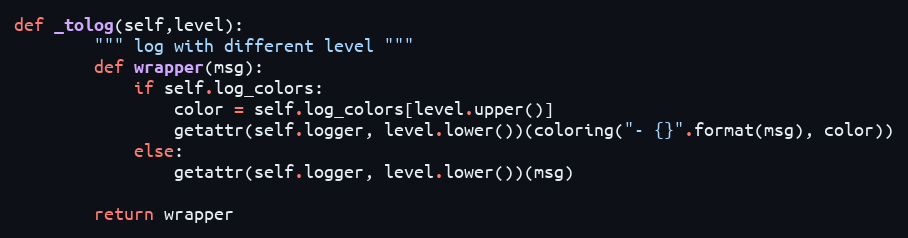
Language: Python
def _tolog(self,level):
        """ log with different level """
        def wrapper(msg):
            if self.log_colors:
                color = self.log_colors[level.upper()]
                getattr(self.logger, level.lower())(coloring("- {}".format(msg), color))
            else:
                getattr(self.logger, level.lower())(msg)

        return wrapper